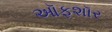
ઑફશૉર